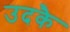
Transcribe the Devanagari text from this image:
उदकै